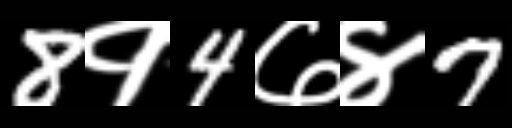
Text: 8१4७४7